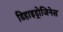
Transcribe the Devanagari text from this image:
डिहाइड्रोजिनेस